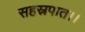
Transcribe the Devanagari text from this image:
सहस्रपात।।